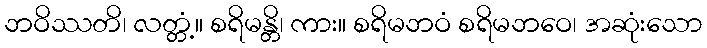
ဘဝိဿတိ၊ လတ္တံ့။ စရိမန္တိ၊ ကား။ စရိမဘဝံ စရိမဘဝေ၊ အဆုံးသော